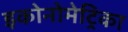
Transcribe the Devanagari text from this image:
इकोनोमेट्रिका